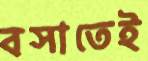
বসাতেই